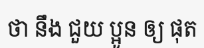
ថា នឹង ជួយ ប្អូន ឲ្យ ផុត